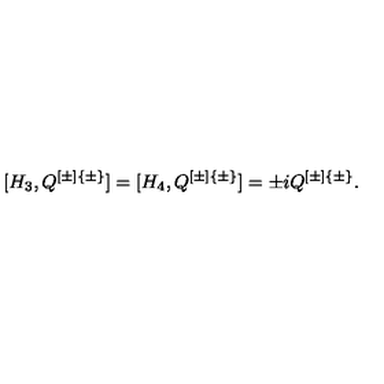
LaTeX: [ H _ { 3 } , Q ^ { [ \pm ] \{ \pm \} } ] = [ H _ { 4 } , Q ^ { [ \pm ] \{ \pm \} } ] = \pm i Q ^ { [ \pm ] \{ \pm \} } .